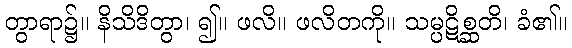
တွာရာ၌။ နိသိဒိတွာ၊ ၍။ ဖလိ။ ဖလိတကို။ သမ္ပဋိစ္ဆတိ၊ ခံ၏။